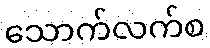
သောက်လက်စ